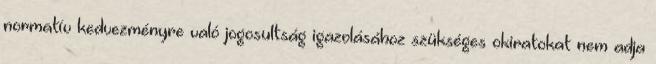
normatív kedvezményre való jogosultság igazolásához szükséges okiratokat nem adja